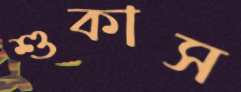
শুকাস